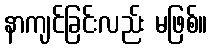
နာကျင်ခြင်းလည်း မဖြစ်။